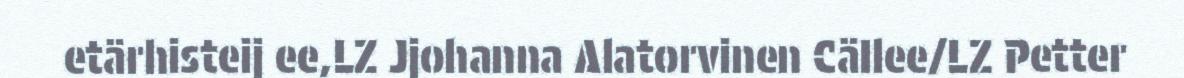
etärhisteij ee,LZ Jjohanna Alatorvinen CäIlee/LZ Petter